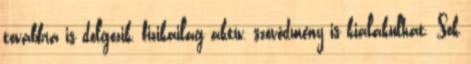
továbbra is dolgozik, fizikailag aktív, szövődmény is kialakulhat. Sok